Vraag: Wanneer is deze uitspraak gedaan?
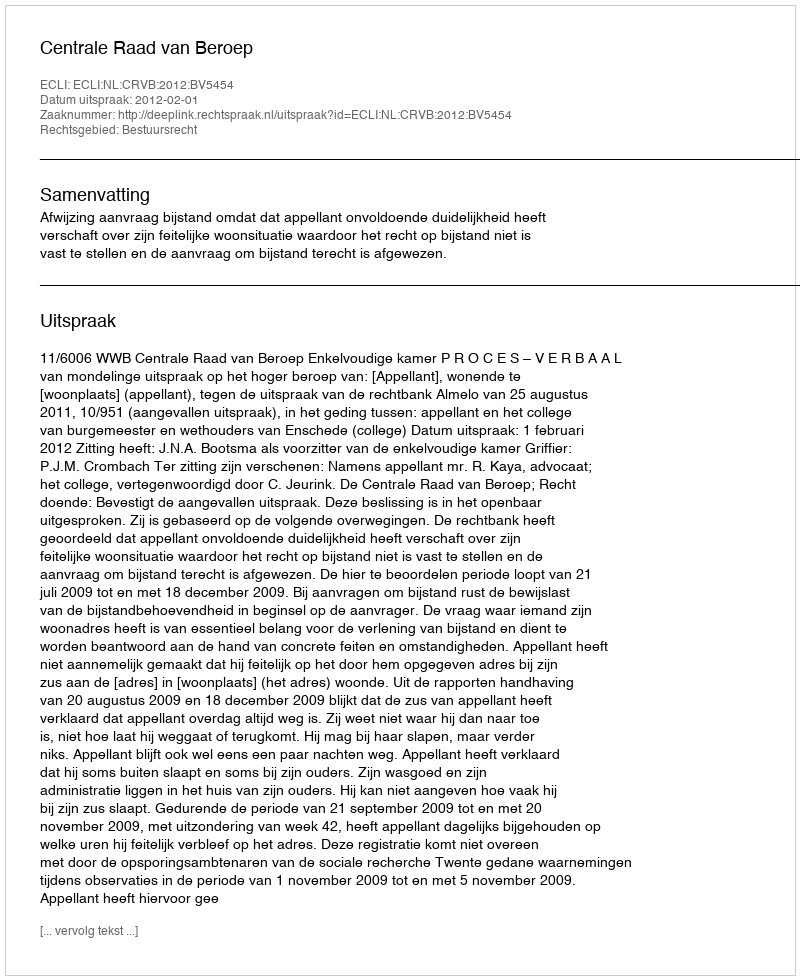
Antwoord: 2012-02-01